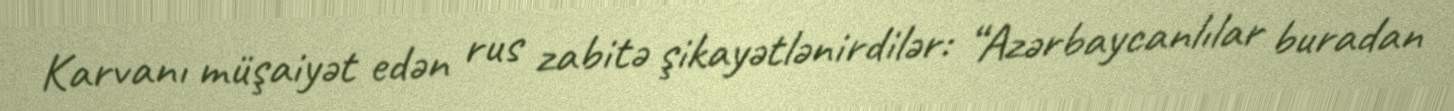
Karvanı müşaiyət edən rus zabitə şikayətlənirdilər: “Azərbaycanlılar buradan